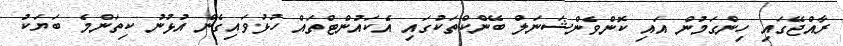
ރާއްޖޭގައި ހިންގަމުން އައި ކޮންވެންޝަނަލް ބޭންކްތަކުގައި އެކައުންޓްތައް ހުޅުވައިގެން އުޅުނު ކިތަންމެ ބަޔަކު